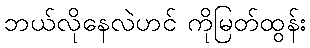
ဘယ်လိုနေလဲဟင် ကိုမြတ်ထွန်း